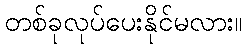
တစ်ခုလုပ်ပေးနိုင်မလား။